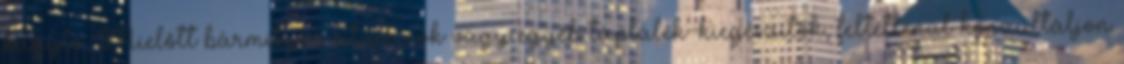
kagyló. Mielőtt bármilyen vitaminok vagy egyéb táplálék-kiegészítők, feltétlenül konzultáljon